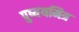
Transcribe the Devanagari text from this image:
पुष्ययमित्र